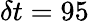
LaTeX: \delta t=95